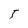
Character: 5